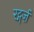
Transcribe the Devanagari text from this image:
रट्गर्ज़